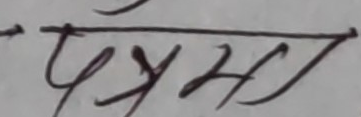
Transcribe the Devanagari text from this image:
प्रयमाला